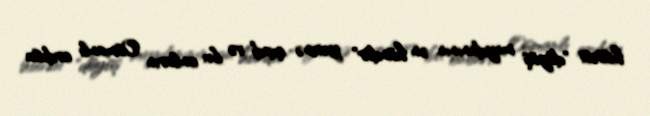
hissəsi "döyüş meydanının ən hündür" yerinə çıxdı və bu onların Osmanlı ordusu